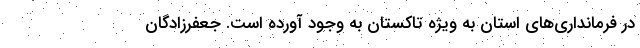
در فرمانداری‌های استان به ویژه تاکستان به وجود آورده است. جعفرزادگان